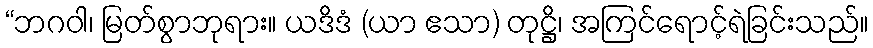
“ဘဂဝါ၊ မြတ်စွာဘုရား။ ယဒိဒံ (ယာ ဧသာ) တုဋ္ဌိ၊ အကြင်ရောင့်ရဲခြင်းသည်။